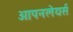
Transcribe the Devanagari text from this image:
ओपनलेयर्स